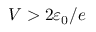
V > 2 \varepsilon _ { 0 } / e